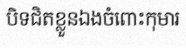
បិទជិតខ្លួនឯងចំពោះកុមារ